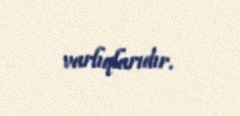
varlıqlarıdır.